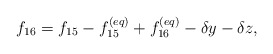
\begin{align*}{f_{16}} = {f_{15}} - f_{15}^{\left( {eq} \right)} + f_{16}^{\left( {eq} \right)} - \delta y - \delta z,\end{align*}